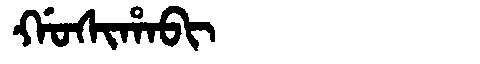
Manchu: ᡤᠣᠰᡳᡥᠠᠪᡳ
Romanization: GOSIHABI